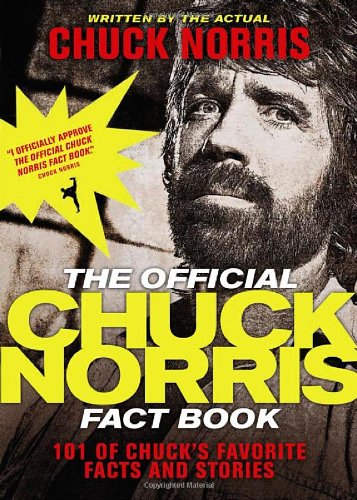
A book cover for The Official Chuck Norris Fact Book: 101 of Chuck's Favorite Facts and Stories; Chuck Norris; Biographies & Memoirs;